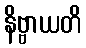
နိဗ္ဗာယတိ